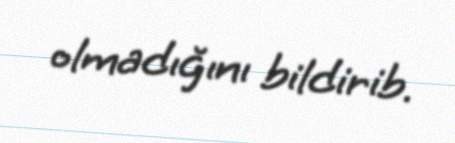
olmadığını bildirib.